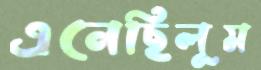
এনেছিলুম